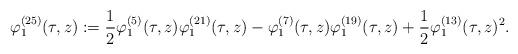
LaTeX: \begin{align*}\varphi_1^{(25)}(\tau,z):=\frac12\varphi_1^{(5)}(\tau,z)\varphi_1^{(21)}(\tau,z)-\varphi_1^{(7)}(\tau,z)\varphi_1^{(19)}(\tau,z)+\frac12\varphi_1^{(13)}(\tau,z)^2.\end{align*}